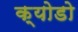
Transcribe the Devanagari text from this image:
क्योडो